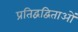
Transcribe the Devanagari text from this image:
प्रतिद्वंद्विताओं